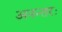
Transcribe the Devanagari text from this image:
अनन्तरः